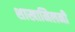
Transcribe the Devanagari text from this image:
शाखामिलनी